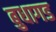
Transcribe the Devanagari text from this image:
बुधागड